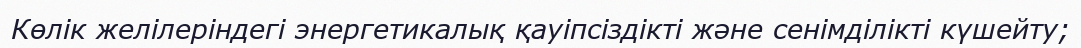
Көлік желілеріндегі энергетикалық қауіпсіздікті және сенімділікті күшейту;